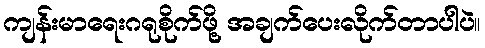
ကျန်းမာရေးဂရုစိုက်ဖို့ အချက်ပေးလိုက်တာပါပဲ။